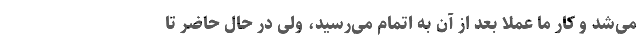
می‌شد و کار ما عملا بعد از آن به اتمام می‌رسید، ولی در حال حاضر تا